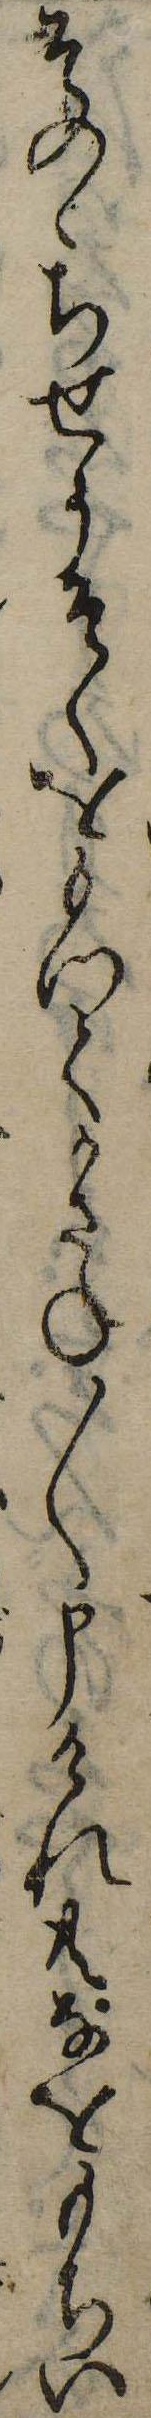
そのゝちせうそくをもつてかさね〱申けれ共なをもちい